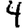
Digit: 4